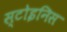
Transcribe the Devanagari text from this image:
स्टोइनिस